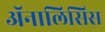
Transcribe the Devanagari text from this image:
अॅनालिसिस